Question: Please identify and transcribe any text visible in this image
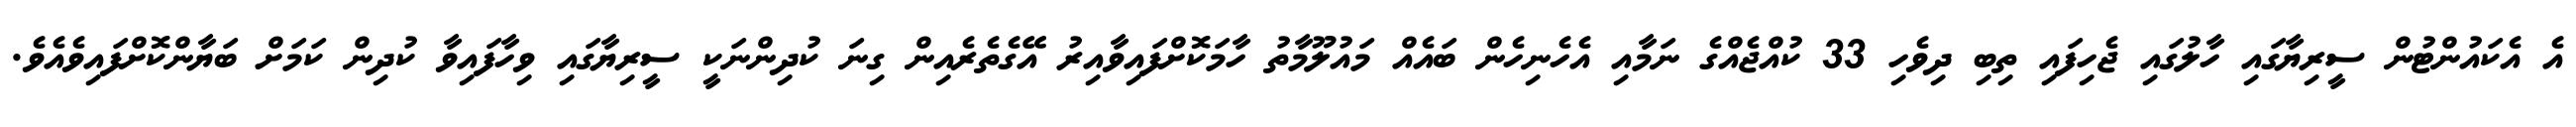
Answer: އެ އެކައުންޓުން ސީރިޔާގައި ހާލުގައި ޖެހިފައި ތިބި ދިވެހި 33 ކުއްޖެއްގެ ނަމާއި އެހެނިހެން ބައެއް މައުލޫމާތު ހާމަކޮށްފައިވާއިރު އޭގެތެރެއިން ގިނަ ކުދިންނަކީ ސީރިޔާގައި ވިހާފައިވާ ކުދިން ކަމަށް ބަޔާންކޮށްފައިވެއެވެ.